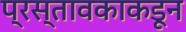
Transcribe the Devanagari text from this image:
प्रस्तावकाकडून